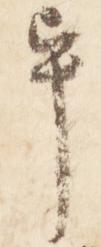
畢